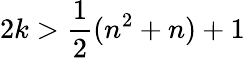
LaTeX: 2k>{\frac{1}{2}}(n^{2}+n)+1